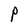
Character: P